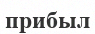
прибыл